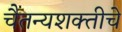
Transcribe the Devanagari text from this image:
चैतन्यशक्तीचे